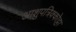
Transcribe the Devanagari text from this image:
आशुपत्रिक्कोट्टा